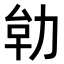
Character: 𭄪